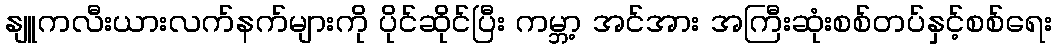
နျူကလီးယားလက်နက်များကို ပိုင်ဆိုင်ပြီး ကမ္ဘာ့ အင်အား အကြီးဆုံးစစ်တပ်နှင့်စစ်ရေး